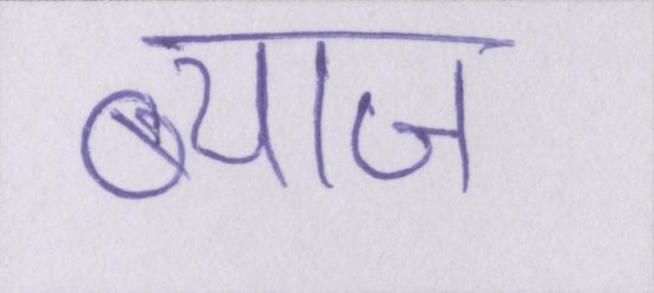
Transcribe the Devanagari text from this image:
ब्याज